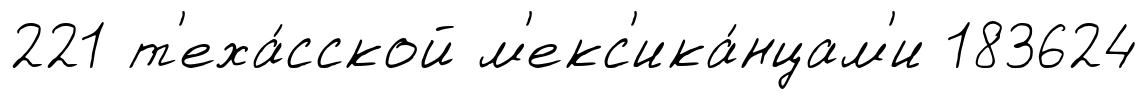
221 т'еха́сской м'екс'ика́нцам'и 183624